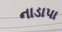
નાડાપા